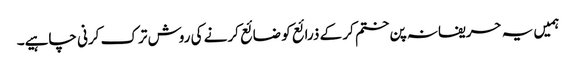
ہمیں یہ حریفانہ پن ختم کر کے ذرائع کو ضائع کرنے کی روش ترک کرنی چاہیے۔